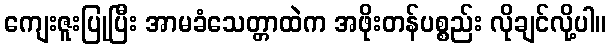
ကျေးဇူးပြုပြီး အာမခံသေတ္တာထဲက အဖိုးတန်ပစ္စည်း လိုချင်လို့ပါ။